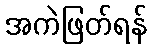
အကဲဖြတ်ရန်